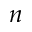
n